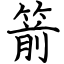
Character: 箭